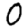
Digit: 0